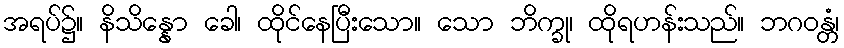
အရပ်၌။ နိသိန္နော ခေါ၊ ထိုင်နေပြီးသော။ သော ဘိက္ခု၊ ထိုရဟန်းသည်။ ဘဂဝန္တံ၊